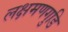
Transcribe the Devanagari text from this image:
लक्षमणगुडि